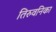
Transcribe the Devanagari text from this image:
तिरुवनिका